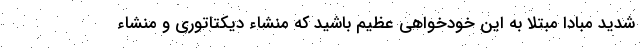
شدید مبادا مبتلا به این خودخواهی عظیم باشید که منشاء دیکتاتوری و منشاء